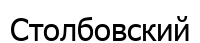
Столбовский